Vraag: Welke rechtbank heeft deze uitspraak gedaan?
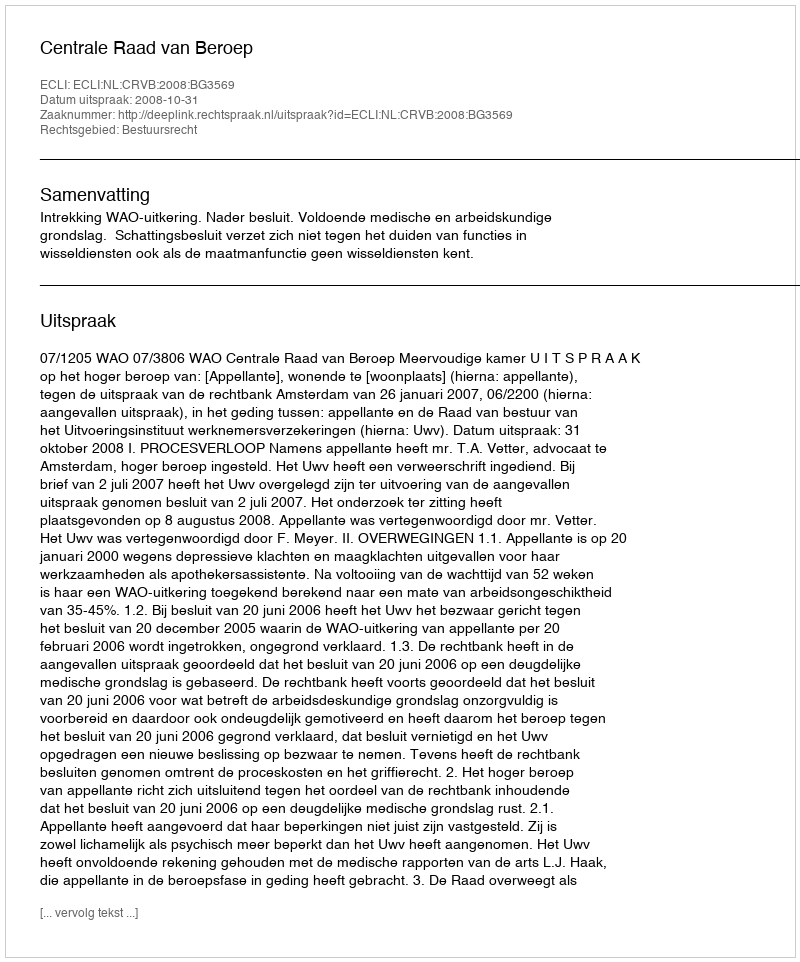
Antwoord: Centrale Raad van Beroep